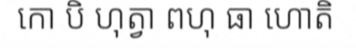
កោ បិ ហុត្វា ពហុ ធា ហោតិ